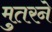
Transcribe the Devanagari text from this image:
मुतरने